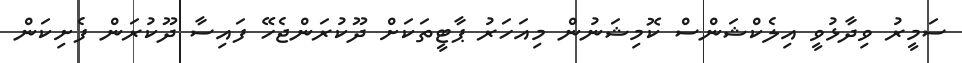
ސަމީރު ވިދާޅުވީ އިލެކްޝަންސް ކޮމިޝަނުން މިއަހަރު ޕާޓީތަކަށް ދޫކުރަންޖެހޭ ފައިސާ ދޫކުރަން ފެށިކަން